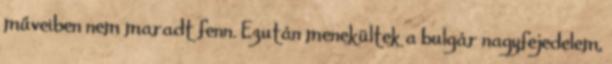
műveiben nem maradt fenn. Ezután menekültek a bulgár nagyfejedelem,